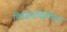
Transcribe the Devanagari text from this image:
फिज़ियोथेरेपिस्ट